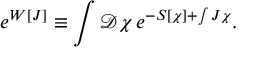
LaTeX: e ^ { W [ J ] } \equiv \int { \mathcal D } \chi \, e ^ { - S [ \chi ] + \int J \chi } .